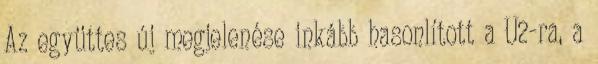
Az együttes új megjelenése inkább hasonlított a U2-ra, a